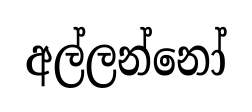
අල්ලන්නෝ